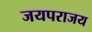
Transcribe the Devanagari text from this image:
जयपराजय